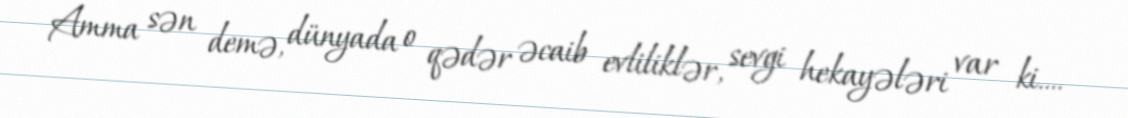
Amma sən demə, dünyada o qədər əcaib evliliklər, sevgi hekayələri var ki....